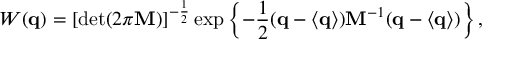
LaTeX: { \cal W } ( { \bf q } ) = \left[ \operatorname * { d e t } ( 2 \pi { \bf M } ) \right] ^ { - \frac 1 2 } \exp \left\{ - \frac 1 2 ( { \bf q } - \langle { \bf q } \rangle ) { \bf M } ^ { - 1 } ( { \bf q } - \langle { \bf q } \rangle ) \right\} ,